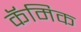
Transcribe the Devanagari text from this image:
कॅमिक